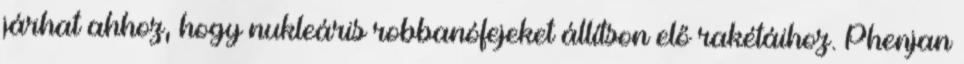
járhat ahhoz, hogy nukleáris robbanófejeket állítson elő rakétáihoz. Phenjan